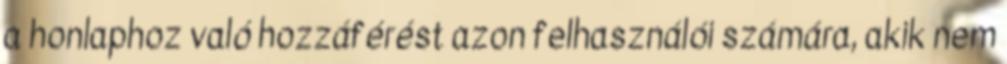
a honlaphoz való hozzáférést azon felhasználói számára, akik nem